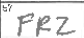
Transcription: FRZ